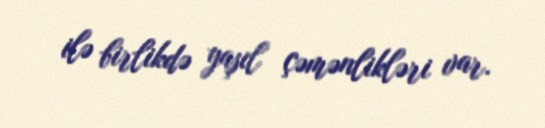
ilə birlikdə yaşıl çəmənlikləri var.